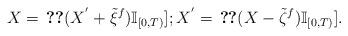
LaTeX: \begin{align*}X = \, \Ref [ (X^{' } + \Tilde\xi^{f})\mathbb{I}_{[0,T)}]; X^{' } =\, \Ref[(X-\Tilde \zeta^{f})\mathbb{I}_{[0,T)}].\end{align*}